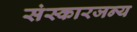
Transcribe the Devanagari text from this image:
संस्कारजन्य